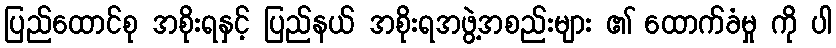
ပြည်ထောင်စု အစိုးရနှင့် ပြည်နယ် အစိုးရအဖွဲ့အစည်းများ ၏ ထောက်ခံမှု ကို ပါ